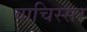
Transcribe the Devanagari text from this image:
वाचिस्सर